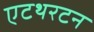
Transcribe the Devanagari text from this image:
एटथरटन